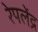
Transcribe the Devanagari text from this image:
रेपलेंद्र